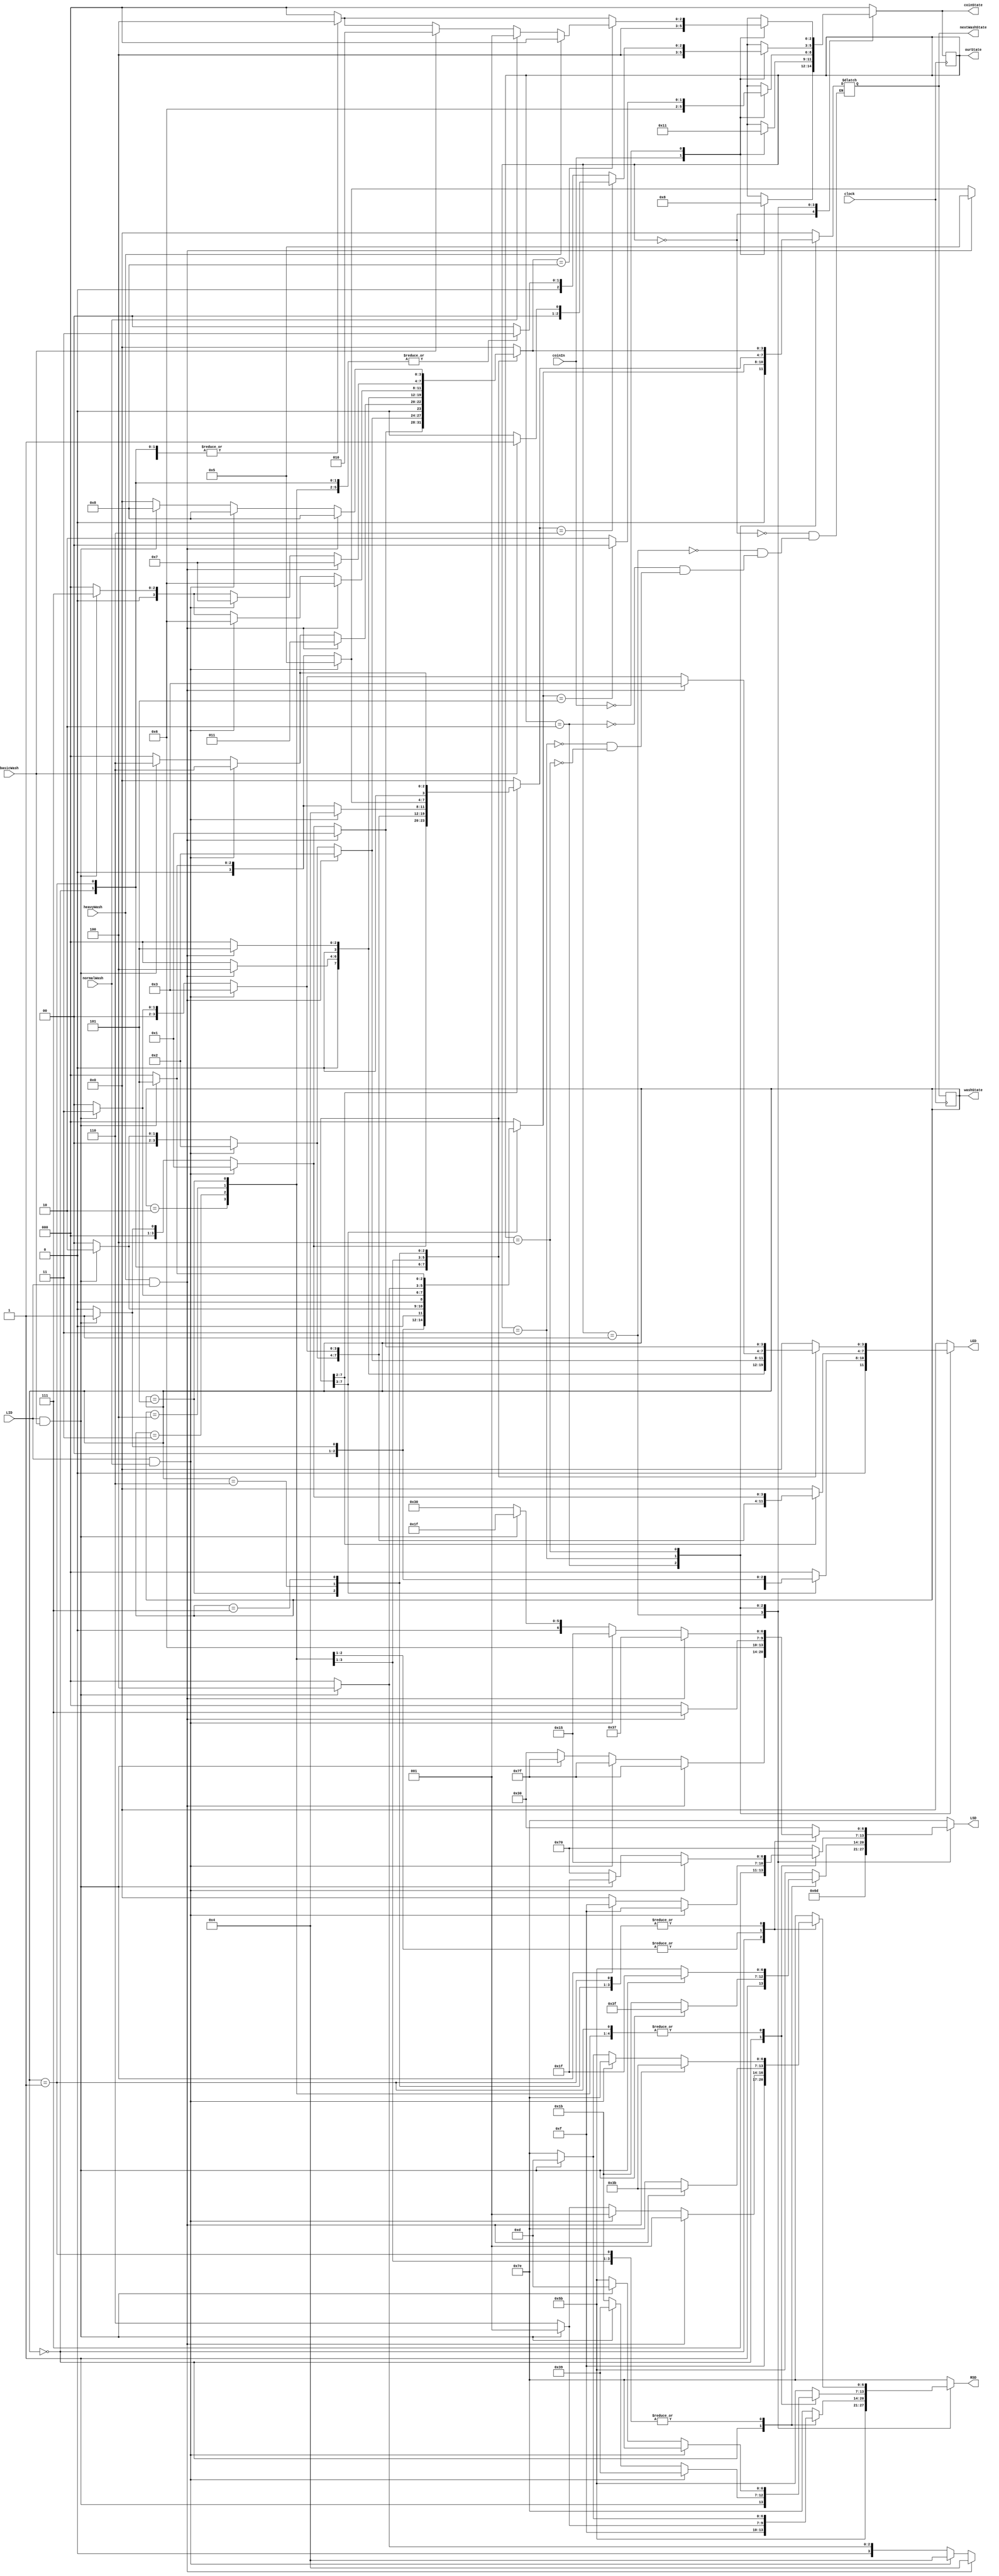
`timescale 1ns / 1ps
//////////////////////////////////////////////////////////////////////////////////
// Company: 
// Design Name: 	 
// Module Name:    EELabFinal 
// Project Name: Washing machine using FMS
// Target Devices: 
// Tool versions: 
// Description: 
//
// Dependencies: 
//
// Revision: 
// Revision 0.01 - File Created
// Additional Comments: 
//
//////////////////////////////////////////////////////////////////////////////////
module EELabFinal(
	//COIN PART
	 input clock,
    input coinIn,
	 output reg [2:0] coinState,
	 output reg [2:0] ourState,
	 output reg [3:0] washState,
	 output reg [3:0] nextWashState,	
	
    output reg [6:0] RSD,
    output reg [6:0] LSD,
	 //NORMAL WASH
	 input basicWash,
	 input normalWash,
	 input heavyWash,
	 output reg [3:0] LED,
	 input LID
//	
    );
	 
	 /***coin implementation***/
	 parameter
		c0 = 3'b000,
		c1 = 3'b001,
		c2 = 3'b010,
		c3 = 3'b011,
		c4 = 3'b100,
		c5 = 3'b101;
		
		

	 parameter
		w0 = 4'b0000,
		w1 = 4'b0001,
		w2 = 4'b0010,
		w3 = 4'b0011,
		w4 = 4'b0100,   
		w5 = 4'b0101,
		w6 = 4'b0110,
		w7 = 4'b0111,
		w8 = 4'b1000,
		w9 = 4'b1001;
		
	 always @ (posedge clock)
	 begin
		 ourState <= coinState;
	 end
	 
	 always @ (posedge clock)
	 begin
		 washState <= nextWashState;
	 end
	
		
	 always @ (*)
	 begin
		case(ourState)
			c0: begin coinState = c0; LSD = 7'b1111110; RSD = 7'b1111110; LED = 3'b000; nextWashState = w0;
				case (coinIn)  
					1:  coinState = c1;  
					0:  coinState = c0; 
				default:  begin coinState = c0; LSD = 7'b1111110; RSD = 7'b1111110; LED = 3'b000; end
				endcase
				end
			c1: begin coinState = c1; LSD = 7'b1101101; RSD = 7'b1011011; LED = 3'b000; nextWashState = w0;
				case (coinIn)  
					1:  coinState = c2;  
					0:  coinState = c1; 
				default:  begin coinState = c1; LSD = 7'b1101101; RSD = 7'b1011011; LED = 3'b000; end
				endcase
				end
			c2: begin coinState = c2; LSD = 7'b1011011; RSD = 7'b1111110; LED = 3'b000; nextWashState = w0;
					case(washState)
						w0: if(LID && basicWash) begin LSD = 7'b1111111; RSD = 7'b1111001; LED = 3'b111; nextWashState = w1; end
						w1: if(LID && basicWash) begin LSD = 7'b0011111; RSD = 7'b0001101; LED = 3'b100; nextWashState = w2; end//wash/detergent
						w2: if(LID && basicWash) begin LSD = 7'b0011111; RSD = 7'b0001101; LED = 3'b101; nextWashState = w3; end//wash/spin
						w3: if(LID && basicWash) begin LSD = 7'b0011111; RSD = 7'b0001101; LED = 3'b011; nextWashState = w4; end//rinse/spin
						w4: if(LID && basicWash) begin LSD = 7'b0011111; RSD = 7'b0001101; LED = 3'b001; nextWashState = w5; end//spin
						w5: begin coinState = c0; LED = 3'b000; end
						default: begin coinState = c0; end
					endcase
				case (coinIn)  
					1:  coinState = c3;  
					0:  begin if(nextWashState == w5) coinState = c0; else coinState = c2; end
				default: begin coinState = c2; LSD = 7'b1011011; RSD = 7'b1111110; LED = 3'b000; end
				endcase
				end
			c3: begin coinState = c3; LSD = 7'b1110000; RSD = 7'b1011011; LED = 3'b000; nextWashState = w0;
					case(washState)
						w0: if(LID && normalWash) begin LSD = 7'b1111111; RSD = 7'b1111001; LED = 3'b111; nextWashState = w1; end
							 else if(LID && basicWash) begin LSD = 7'b1111111; RSD = 7'b1111001; LED = 3'b111; nextWashState = w1; end
						w1: if(LID && normalWash) begin LSD = 7'b0010101; RSD = 7'b1111110; LED = 3'b100; nextWashState = w2; end//wash/detergent
							 else if(LID && basicWash) begin LSD = 7'b0011111; RSD = 7'b0001101; LED = 3'b100; nextWashState = w2; end//wash/detergent
						w2: if(LID && normalWash) begin LSD = 7'b0010101; RSD = 7'b1111110; LED = 3'b101; nextWashState = w3; end//wash/spin
							 else if(LID && basicWash) begin LSD = 7'b0011111; RSD = 7'b0001101; LED = 3'b101; nextWashState = w3; end//wash/spin
						w3: if(LID && normalWash) begin LSD = 7'b0010101; RSD = 7'b1111110; LED = 3'b010; nextWashState = w4; end//rinse
							 else if(LID && basicWash) begin LSD = 7'b0011111; RSD = 7'b0001101; LED = 3'b010; nextWashState = w5; end//rinse
						w4: if(LID && normalWash) begin LSD = 7'b0010101; RSD = 7'b1111110; LED = 3'b011; nextWashState = w5; end//rinse/spin
							 else if(LID && basicWash) begin LSD = 7'b0011111; RSD = 7'b0001101; LED = 3'b011; nextWashState = w5; end//rinse/spin
						w5: if(LID && normalWash) begin LSD = 7'b0010101; RSD = 7'b1111110; LED = 3'b001; nextWashState = w6; end//spin
							 else if(LID && basicWash) begin LSD = 7'b0011111; RSD = 7'b0001101; LED = 3'b001; nextWashState = w6; end//spin
						w6: begin coinState = c0; LED = 3'b000; end
						default: begin coinState = c0; end
					endcase
				
				case (coinIn)  
					1:  coinState = c4;  
					0:   if(nextWashState == w6) begin 
							if(basicWash) coinState = c1;
							else coinState = c0;
					
					
					end
				default: begin coinState = c3; LSD = 7'b1110000; RSD = 7'b1011011; LED = 3'b000; end
				endcase
				end
			c4: begin coinState = c4; LSD = 7'b0110000; RSD = 7'b1111110; LED = 3'b000; nextWashState = w0;
					case(washState)
						w0: if(heavyWash && LID) begin LSD = 7'b1111111; RSD = 7'b1111001; LED = 3'b111; nextWashState = w1; end
							 else if(LID && normalWash) begin LSD = 7'b1111111; RSD = 7'b1111001; LED = 3'b111; nextWashState = w1; end//normal c3
							 else if(LID && basicWash) begin LSD = 7'b1111111; RSD = 7'b1111001; LED = 3'b111; nextWashState = w1; end//basic c2
							 
						w1: if(heavyWash && LID) begin LSD = 7'b0110111; RSD = 7'b0111011; LED = 3'b100; nextWashState = w2; end//wash/detergent
							 else if(LID && normalWash) begin LSD = 7'b0010101; RSD = 7'b1111110; LED = 3'b100; nextWashState = w2; end//wash/detergent
							 else if(LID && basicWash) begin LSD = 7'b0011111; RSD = 7'b0001101; LED = 3'b100; nextWashState = w2; end//wash/detergent
						
						w2: if(heavyWash && LID) begin LSD = 7'b0110111; RSD = 7'b0111011; LED = 3'b101; nextWashState = w3; end//wash/spin
							 else if(LID && normalWash) begin LSD = 7'b0010101; RSD = 7'b1111110; LED = 3'b101; nextWashState = w6; end//wash/spin
							 else if(LID && basicWash) begin LSD = 7'b0011111; RSD = 7'b0001101; LED = 3'b101; nextWashState = w6; end//wash/spin
						
						w3: if(heavyWash && LID) begin LSD = 7'b0110111; RSD = 7'b0111011; LED = 3'b100; nextWashState = w4; end//wash/detergent
						w4: if(heavyWash && LID) begin LSD = 7'b0110111; RSD = 7'b0111011; LED = 3'b101; nextWashState = w5; end//wash/spin	
						w5: if(heavyWash && LID) begin LSD = 7'b0110111; RSD = 7'b0111011; LED = 3'b010; nextWashState = w6; end//rinse/soft
							 else if(LID && normalWash) begin LSD = 7'b0010101; RSD = 7'b1111110; LED = 3'b010; nextWashState = w6; end//rinse
							 else if(LID && basicWash) begin LSD = 7'b0011111; RSD = 7'b0001101; LED = 3'b010; nextWashState = w7; end//rinse
						
						w6: if(heavyWash && LID) begin LSD = 7'b0110111; RSD = 7'b0111011; LED = 3'b011; nextWashState = w7; end//rinse/spin
							 else if(LID && normalWash) begin LSD = 7'b0010101; RSD = 7'b1111110; LED = 3'b011; nextWashState = w7; end//rinse/spin
							 else if(LID && basicWash) begin LSD = 7'b0011111; RSD = 7'b0001101; LED = 3'b011; nextWashState = w7; end//rinse/spin
						
						w7: if(heavyWash && LID) begin LSD = 7'b0110111; RSD = 7'b0111011; LED = 3'b001; nextWashState = w8; end//spin
							 else if(LID && normalWash) begin LSD = 7'b0010101; RSD = 7'b1111110; LED = 3'b001; nextWashState = w8; end//spin
							 else if(LID && basicWash) begin LSD = 7'b0011111; RSD = 7'b0001101; LED = 3'b001; nextWashState = w8; end//spin
						
						w8: begin LED = 3'b000; coinState = c0; end
						default: begin coinState = c0; end
					endcase
				case (coinIn)  
					1:  coinState = c4; 
					0:  if(nextWashState == w8) begin
							if(heavyWash) coinState = c0; 
							else if (normalWash)coinState = c1; 
							else if (basicWash) coinState = c2;
						 end
				default: begin coinState = c4; LSD = 7'b0110000; RSD = 7'b1111110; LED = 3'b000; end
				endcase
				end
			
			default: begin coinState = c0; LSD = 7'b1111110; RSD = 7'b1111110; LED = 3'b000; end
			endcase
			
	 end

 
endmodule